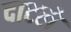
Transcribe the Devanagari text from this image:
दाटले